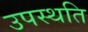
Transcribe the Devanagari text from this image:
उपस्थति